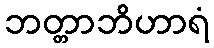
ဘတ္တာဘိဟာရံ